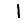
Digit: 1